Loodushoiu_ja_Turismi_Instituut, lk 438
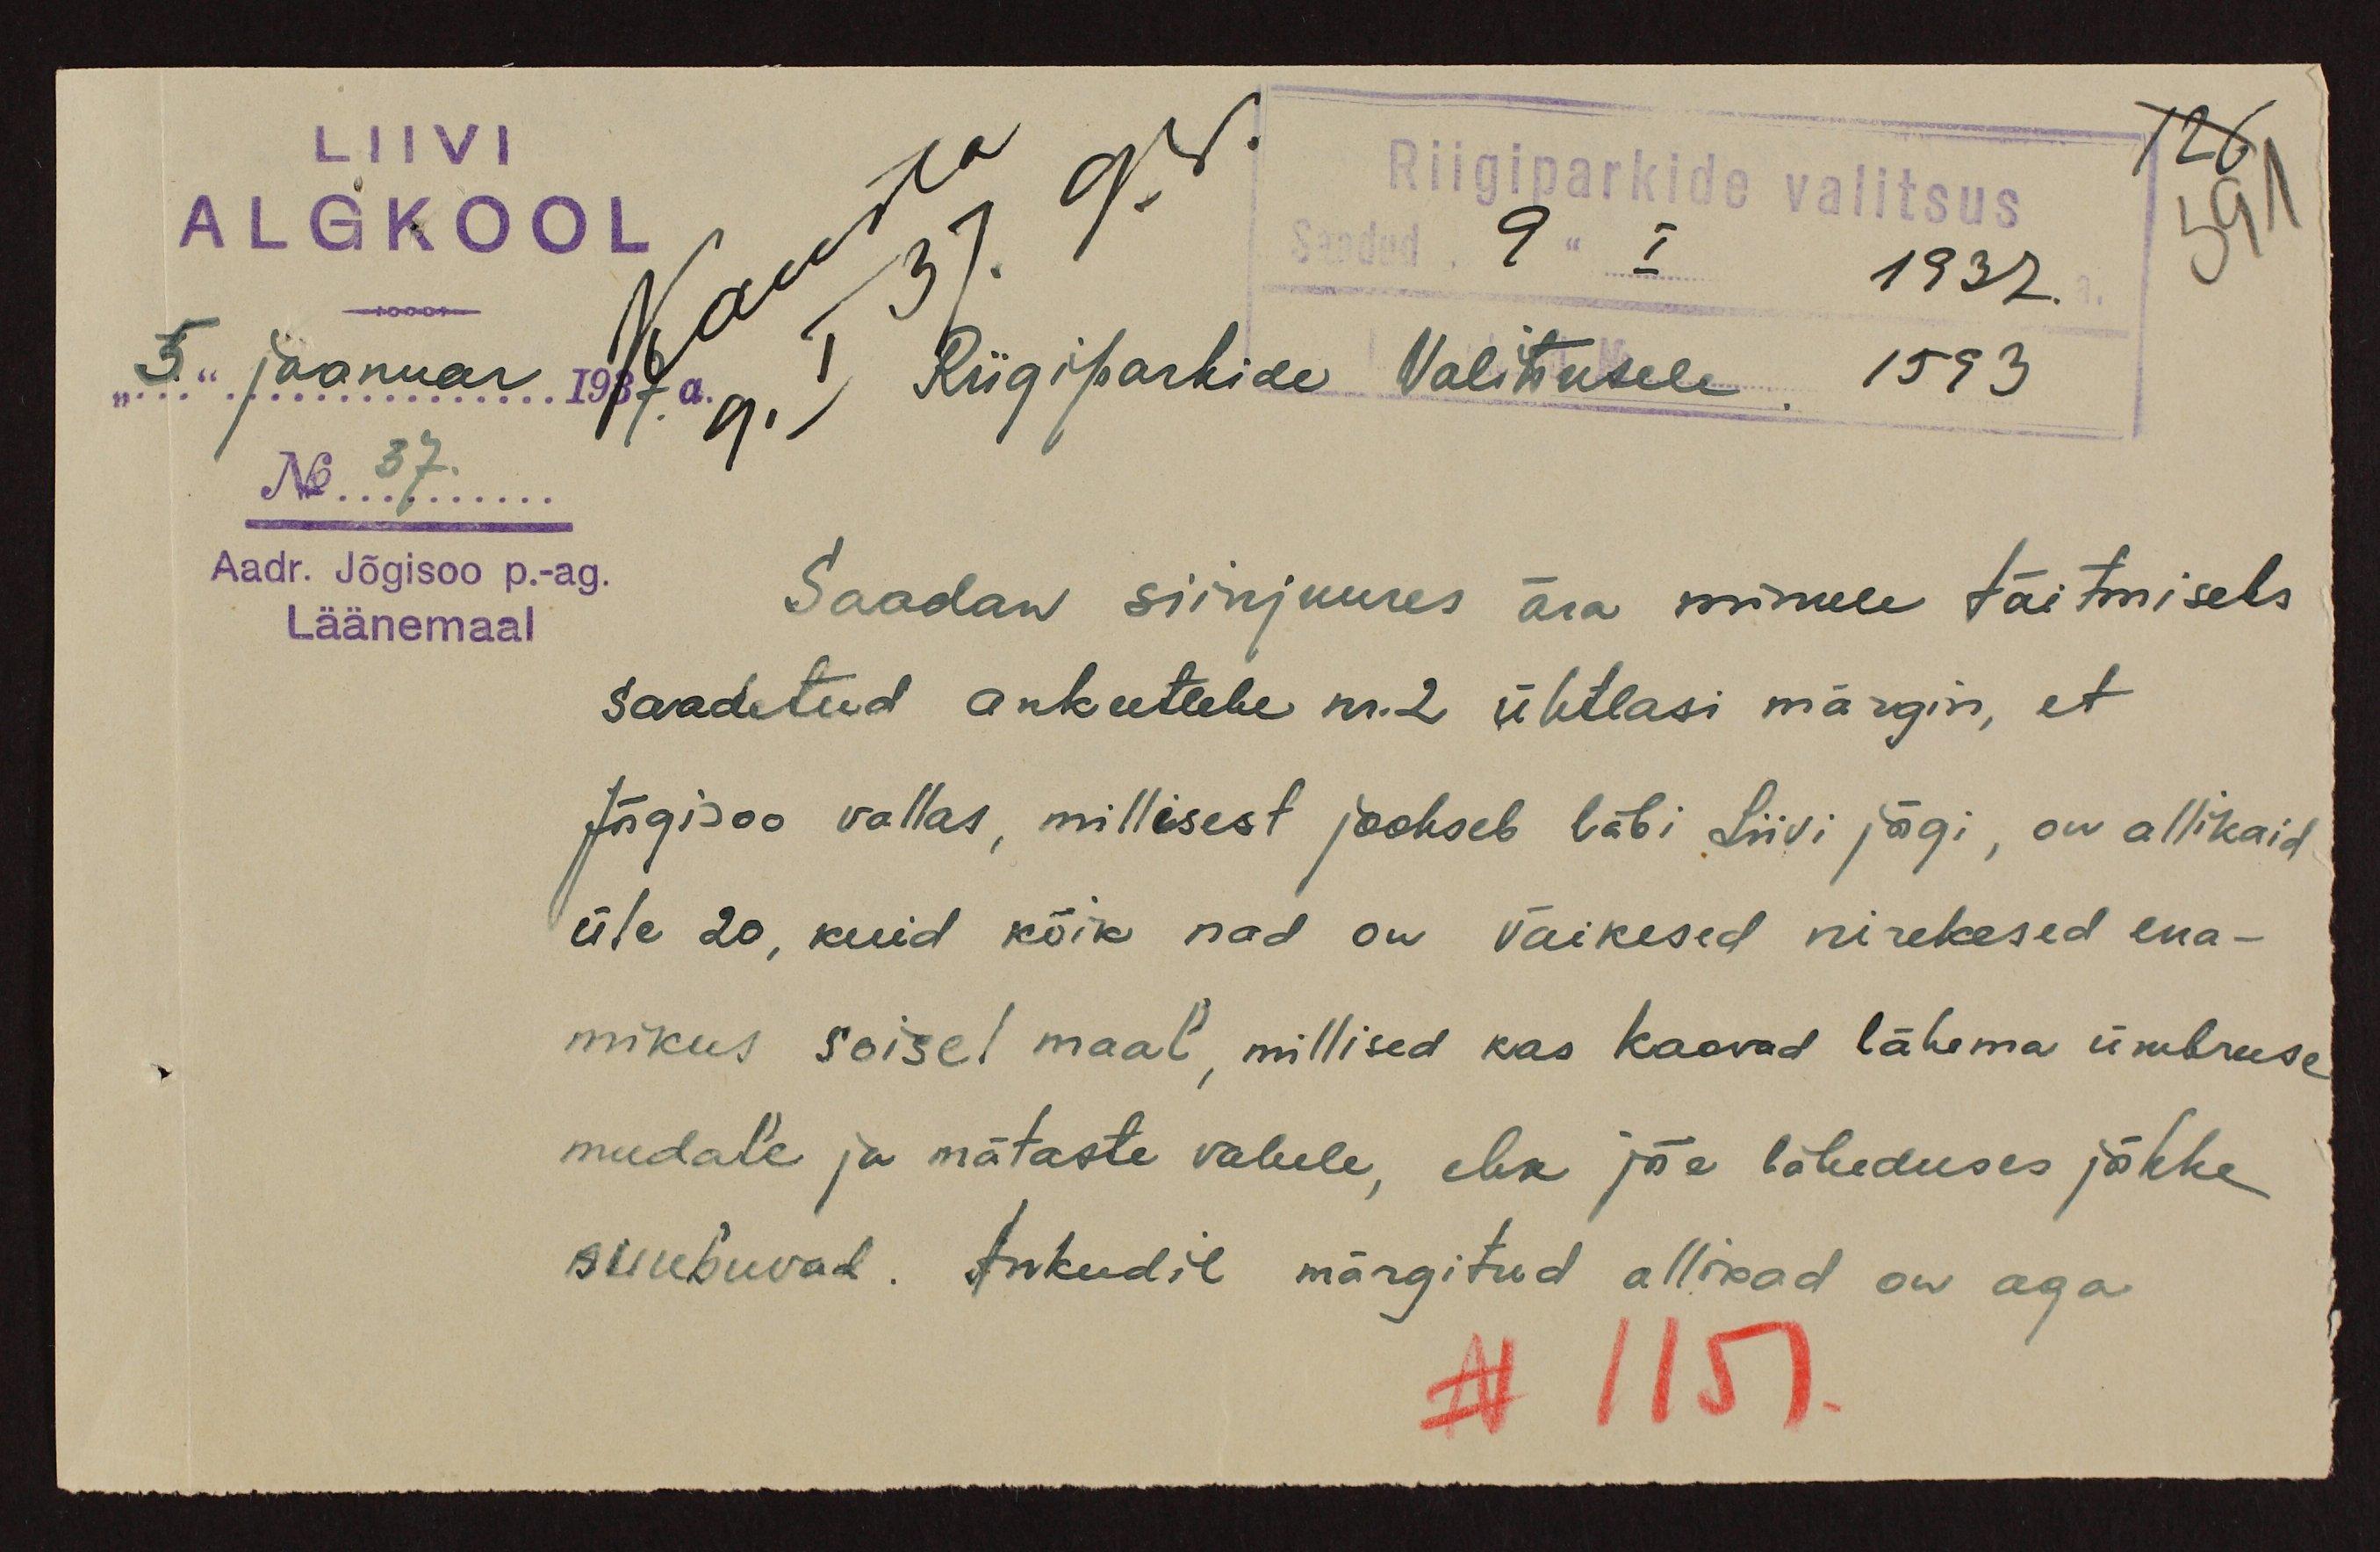
126
591
LIIVI
ALGKOOL
Riigiparkide valitsus
Saadud "9" I 1937.
"5" jaanuar 1937. a.
Riigiparkide Valitusele. 1593
No 37
Aadr. Jõgisoo p.-ag.
Saadan siinjuures ära minule täitmiseks
Läänemaal
saadetud ankeetlehe nr. 2 ühtlasi märgin, et
Jõgisoo vallas, millisest jookseb läbi Liivi jõgi, on allikaid
üle 20, kuid kõik nad on väikesed nirekesed ena-
mikus soisel maal, millised kas kaovad lähema ümbruse
mudale ja mätaste vahele, ehk jõe läheduses jõkke
suubuvad. Ankeedil märgitud allikad on aga
N 1151.